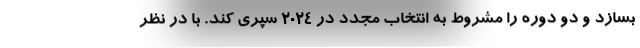
بسازد و دو دوره را مشروط به انتخاب مجدد در ۲۰۲۴ سپری کند. با در نظر